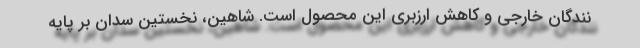
نندگان خارجی و كاهش ارزبری این محصول است. شاهین، نخستین سدان بر پایه